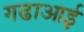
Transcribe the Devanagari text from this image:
गढाआई